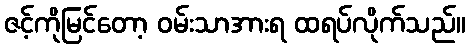
ဇင့်ကိုမြင်တော့ ဝမ်းသာအားရ ထရပ်လိုက်သည်။